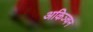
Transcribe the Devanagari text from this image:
अकिञ्चन